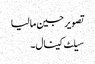
تصویر جین مالیا
سیلٹ کینال۔